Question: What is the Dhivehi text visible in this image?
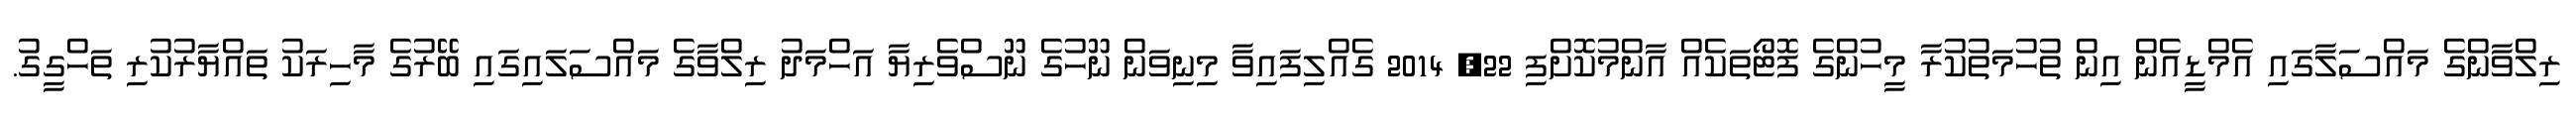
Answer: ރިލްވާންގެ މައްސަލާގައި އެމްޑީއެން އިން ތުހުމަތުކުރާ މީހުންގެ ފޮޓޯތަކެއް އާންމުކޮށްފި 22, 2014 ގެއްލިފައިވާ މިނިވަން ނޫހުގެ ނޫސްވެރިޔާ އަހްމަދު ރިލްވާގެ މައްސަލައިގައި ބޭރުގެ މާހިރަކު ތައްޔާރުކުރި ތަހްގީގު.